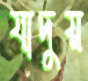
যাদুয়